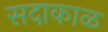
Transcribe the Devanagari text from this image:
सदाकाळ